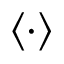
\langle \cdot \rangle